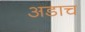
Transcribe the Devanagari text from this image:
अडाच